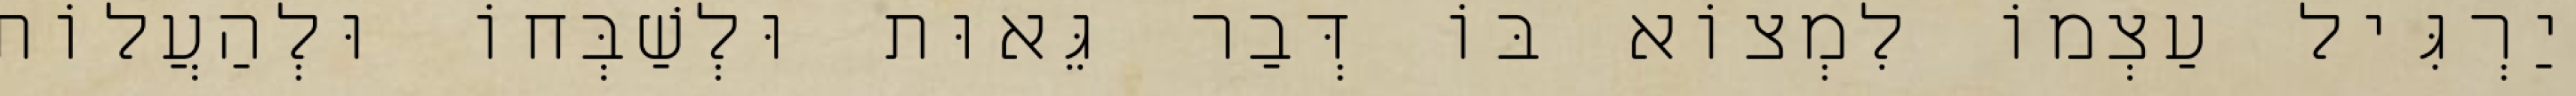
יַרְגִּיל עַצְמוֹ לִמְצוֹא בּוֹ דְּבַר גֵּאוּת וּלְשַׁבְּחוֹ וּלְהַעֲלוֹת